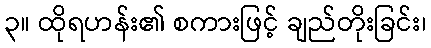
၃။ ထိုရဟန်း၏ စကားဖြင့် ချည်တိုးခြင်း၊